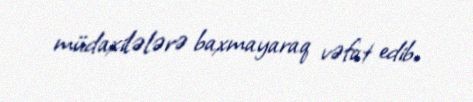
müdaxilələrə baxmayaraq vəfat edib.